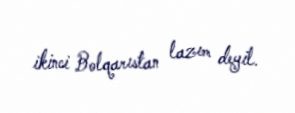
ikinci Bolqarıstan lazım deyil.